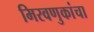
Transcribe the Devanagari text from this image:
मिरवणुकांचा